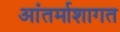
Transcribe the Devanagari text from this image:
आंतर्माशागत